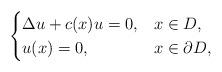
LaTeX: \begin{align*}\begin{cases}{\Delta} u + c(x) u = 0, & x \in D,\\u(x) = 0, & x \in \partial D,\end{cases}\end{align*}